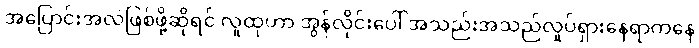
အပြောင်းအလဲဖြစ်ဖို့ဆိုရင် လူထုဟာ အွန်လိုင်းပေါ် အသည်းအသည်လှုပ်ရှားနေရာကနေ